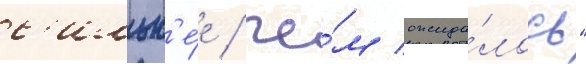
с'ильн'е́е / че́м ожида́лось"